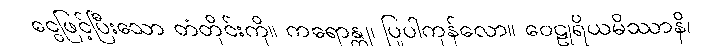
ငွေဖြင့်ပြီးသော တံတိုင်းကို။ ကရောန္တု၊ ပြုပါကုန်လော။ ဝေဠုရိယမိဿာနိ၊